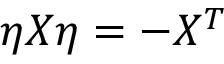
\eta X \eta = - X ^ { T }